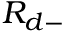
R _ { d - }